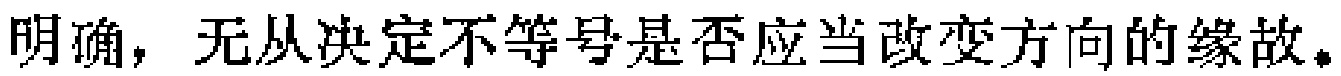
明确，无从决定不等号是否应当改变方向的缘故。